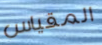
المقياس